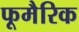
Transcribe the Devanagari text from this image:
फूमैरिक